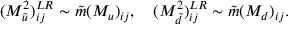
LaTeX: ( M _ { \tilde { u } } ^ { 2 } ) _ { i j } ^ { L R } \sim \tilde { m } ( M _ { u } ) _ { i j } , \ \ \ ( M _ { \tilde { d } } ^ { 2 } ) _ { i j } ^ { L R } \sim \tilde { m } ( M _ { d } ) _ { i j } .